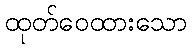
ထုတ်ဝေထားသော